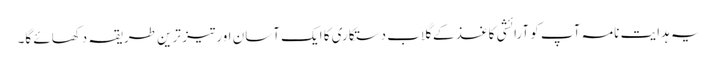
یہ ہدایت نامہ آپ کو آرائشی کاغذ کے گلاب دستکاری کا ایک آسان اور تیز ترین طریقہ دکھائے گا۔